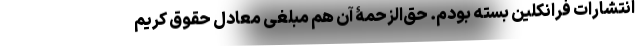
انتشارات فرانکلین بسته بودم. حق‌الزحمۀ آن هم مبلغی معادل حقوق کریم